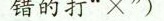
错的打”×”)